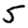
Digit: 5